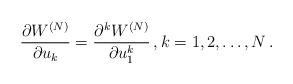
LaTeX: \begin{align*}\frac{\partial W^{(N)}}{\partial u_k}=\frac{\partial^k W^{(N)}}{\partial u_1^k}\, , k=1,2,\dots,N\, . \end{align*}